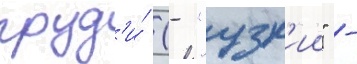
груд'и́ (- "узк'ии" -